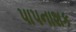
પાપનાશક